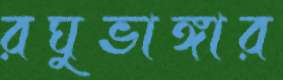
রঘুভাঙ্গার